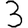
Digit: 3